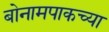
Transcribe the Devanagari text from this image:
बोनामपाकच्या